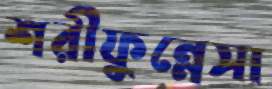
শরীফুন্নেসা